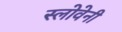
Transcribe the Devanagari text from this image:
स्लोवेनी